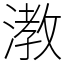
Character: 漖